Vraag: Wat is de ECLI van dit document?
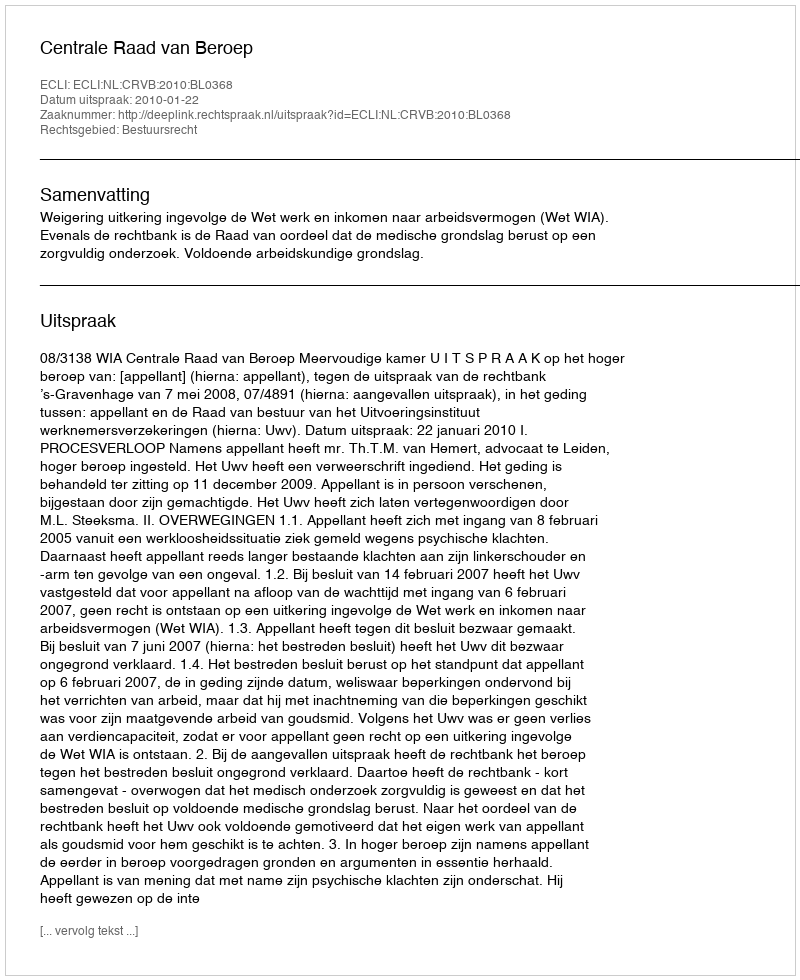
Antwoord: ECLI:NL:CRVB:2010:BL0368